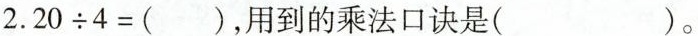
$$2.20/div4=()$$，用到的乘法口诀是()